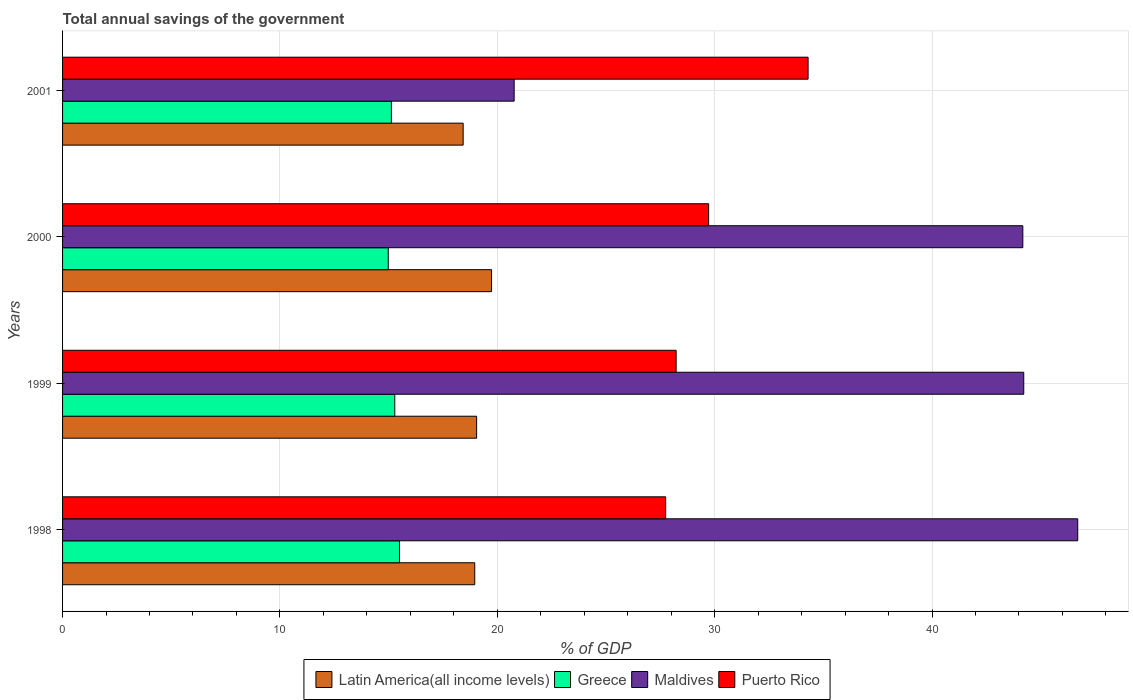
| Years | Latin America(all income levels) | Greece | Maldives | Puerto Rico |
 | --- | --- | --- | --- | --- |
 | 1998 | 19 | 15.5 | 46.7 | 27.7 |
 | 1999 | 19 | 15.3 | 44.2 | 28.2 |
 | 2000 | 19.7 | 15 | 44.2 | 29.7 |
 | 2001 | 18.4 | 15.1 | 20.8 | 34.3 |